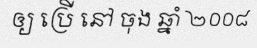
ឲ្យ ប្រើ នៅ ចុង ឆ្នាំ ២០០៨